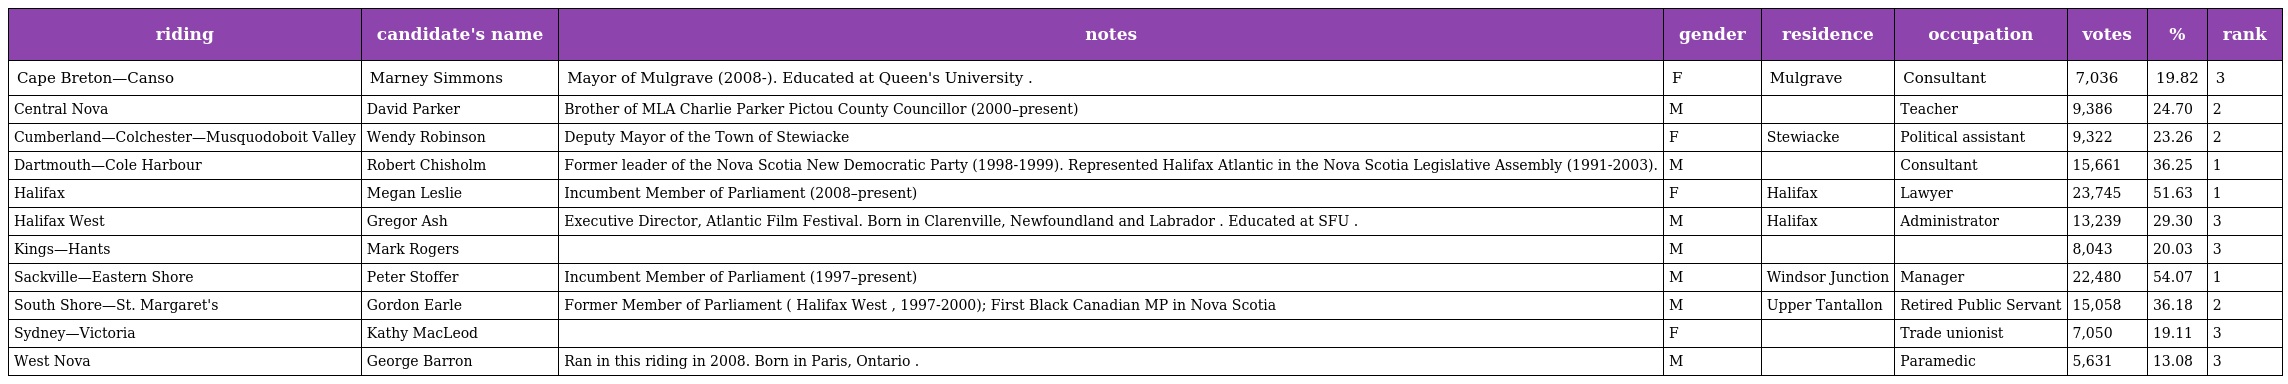
| riding | candidate's name | notes | gender | residence | occupation | votes | % | rank |
 | --- | --- | --- | --- | --- | --- | --- | --- | --- |
 | Cape Breton—Canso | Marney Simmons | Mayor of Mulgrave (2008-). Educated at Queen's University . | F | Mulgrave | Consultant | 7,036 | 19.82 | 3 |
 | Central Nova | David Parker | Brother of MLA Charlie Parker Pictou County Councillor (2000–present) | M |  | Teacher | 9,386 | 24.70 | 2 |
 | Cumberland—Colchester—Musquodoboit Valley | Wendy Robinson | Deputy Mayor of the Town of Stewiacke | F | Stewiacke | Political assistant | 9,322 | 23.26 | 2 |
 | Dartmouth—Cole Harbour | Robert Chisholm | Former leader of the Nova Scotia New Democratic Party (1998-1999). Represented Halifax Atlantic in the Nova Scotia Legislative Assembly (1991-2003). | M |  | Consultant | 15,661 | 36.25 | 1 |
 | Halifax | Megan Leslie | Incumbent Member of Parliament (2008–present) | F | Halifax | Lawyer | 23,745 | 51.63 | 1 |
 | Halifax West | Gregor Ash | Executive Director, Atlantic Film Festival. Born in Clarenville, Newfoundland and Labrador . Educated at SFU . | M | Halifax | Administrator | 13,239 | 29.30 | 3 |
 | Kings—Hants | Mark Rogers |  | M |  |  | 8,043 | 20.03 | 3 |
 | Sackville—Eastern Shore | Peter Stoffer | Incumbent Member of Parliament (1997–present) | M | Windsor Junction | Manager | 22,480 | 54.07 | 1 |
 | South Shore—St. Margaret's | Gordon Earle | Former Member of Parliament ( Halifax West , 1997-2000); First Black Canadian MP in Nova Scotia | M | Upper Tantallon | Retired Public Servant | 15,058 | 36.18 | 2 |
 | Sydney—Victoria | Kathy MacLeod |  | F |  | Trade unionist | 7,050 | 19.11 | 3 |
 | West Nova | George Barron | Ran in this riding in 2008. Born in Paris, Ontario . | M |  | Paramedic | 5,631 | 13.08 | 3 |